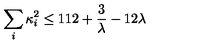
\sum _ { i } \kappa _ { i } ^ { 2 } \leq 1 1 2 + { \frac { 3 } { \lambda } } - 1 2 \lambda